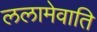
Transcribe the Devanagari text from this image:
ललामेवाति